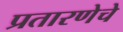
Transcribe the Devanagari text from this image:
प्रतारणेचे